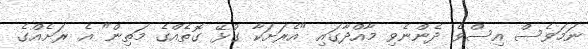
ނަމަވެސް އިސްވެ ދެންނެވި މާއްދާގައި "އެރަށަކާ ގުޅޭ ގޮތެއްގެ މަތިން" އެ ރަށެއްގެ